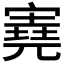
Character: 𡪩